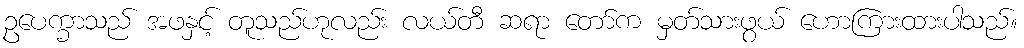
ဥပေက္ခာသည် အဖနှင့် တူသည်ဟုလည်း လယ်တီ ဆရာ တော်က မှတ်သားဖွယ် ဟောကြားထားပါသည်။